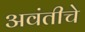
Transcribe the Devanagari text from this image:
अवंतीचे